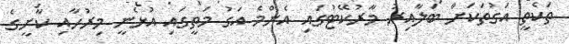
ތަކެތީ އަގުތަކަށް ބަލާއިރު މާރުކޭޓުގައި އެންމެ އަގު މަތީގައި އުޅެނީ މިރުހާއި ކާށީގެ